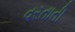
વરતાતી